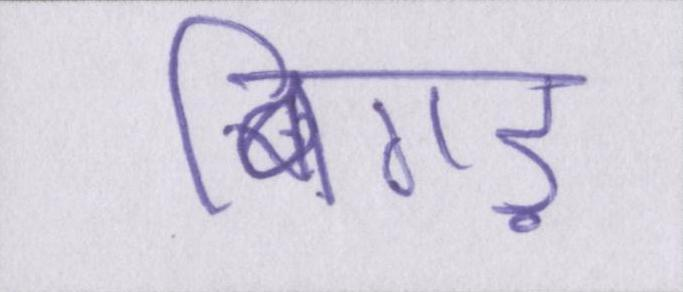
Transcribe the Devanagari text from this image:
बिगड़